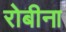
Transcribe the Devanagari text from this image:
रोबीना